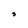
Character: 3